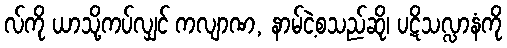
လ်ကို ယာသို့ကပ်လျှင် ကလျာဏ, နာမ်ငဲ့စသည်ဆို၊ ပဋိသလ္လာနံကို